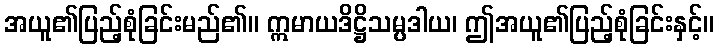
အယူ၏ပြည့်စုံခြင်းမည်၏။ ဣမာယဒိဋ္ဌိသမ္ပဒါယ၊ ဤအယူ၏ပြည့်စုံခြင်းနှင့်။